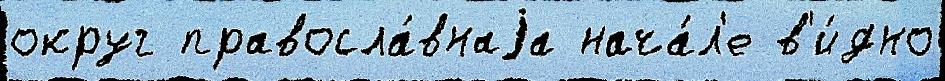
округ правосла́внаjа нача́л'е в'и́дно